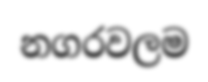
නගරවලම